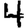
Digit: 4